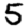
Digit: 5